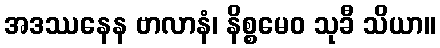
အဒဿနေန ဗာလာနံ၊ နိစ္စမေဝ သုခီ သိယာ။